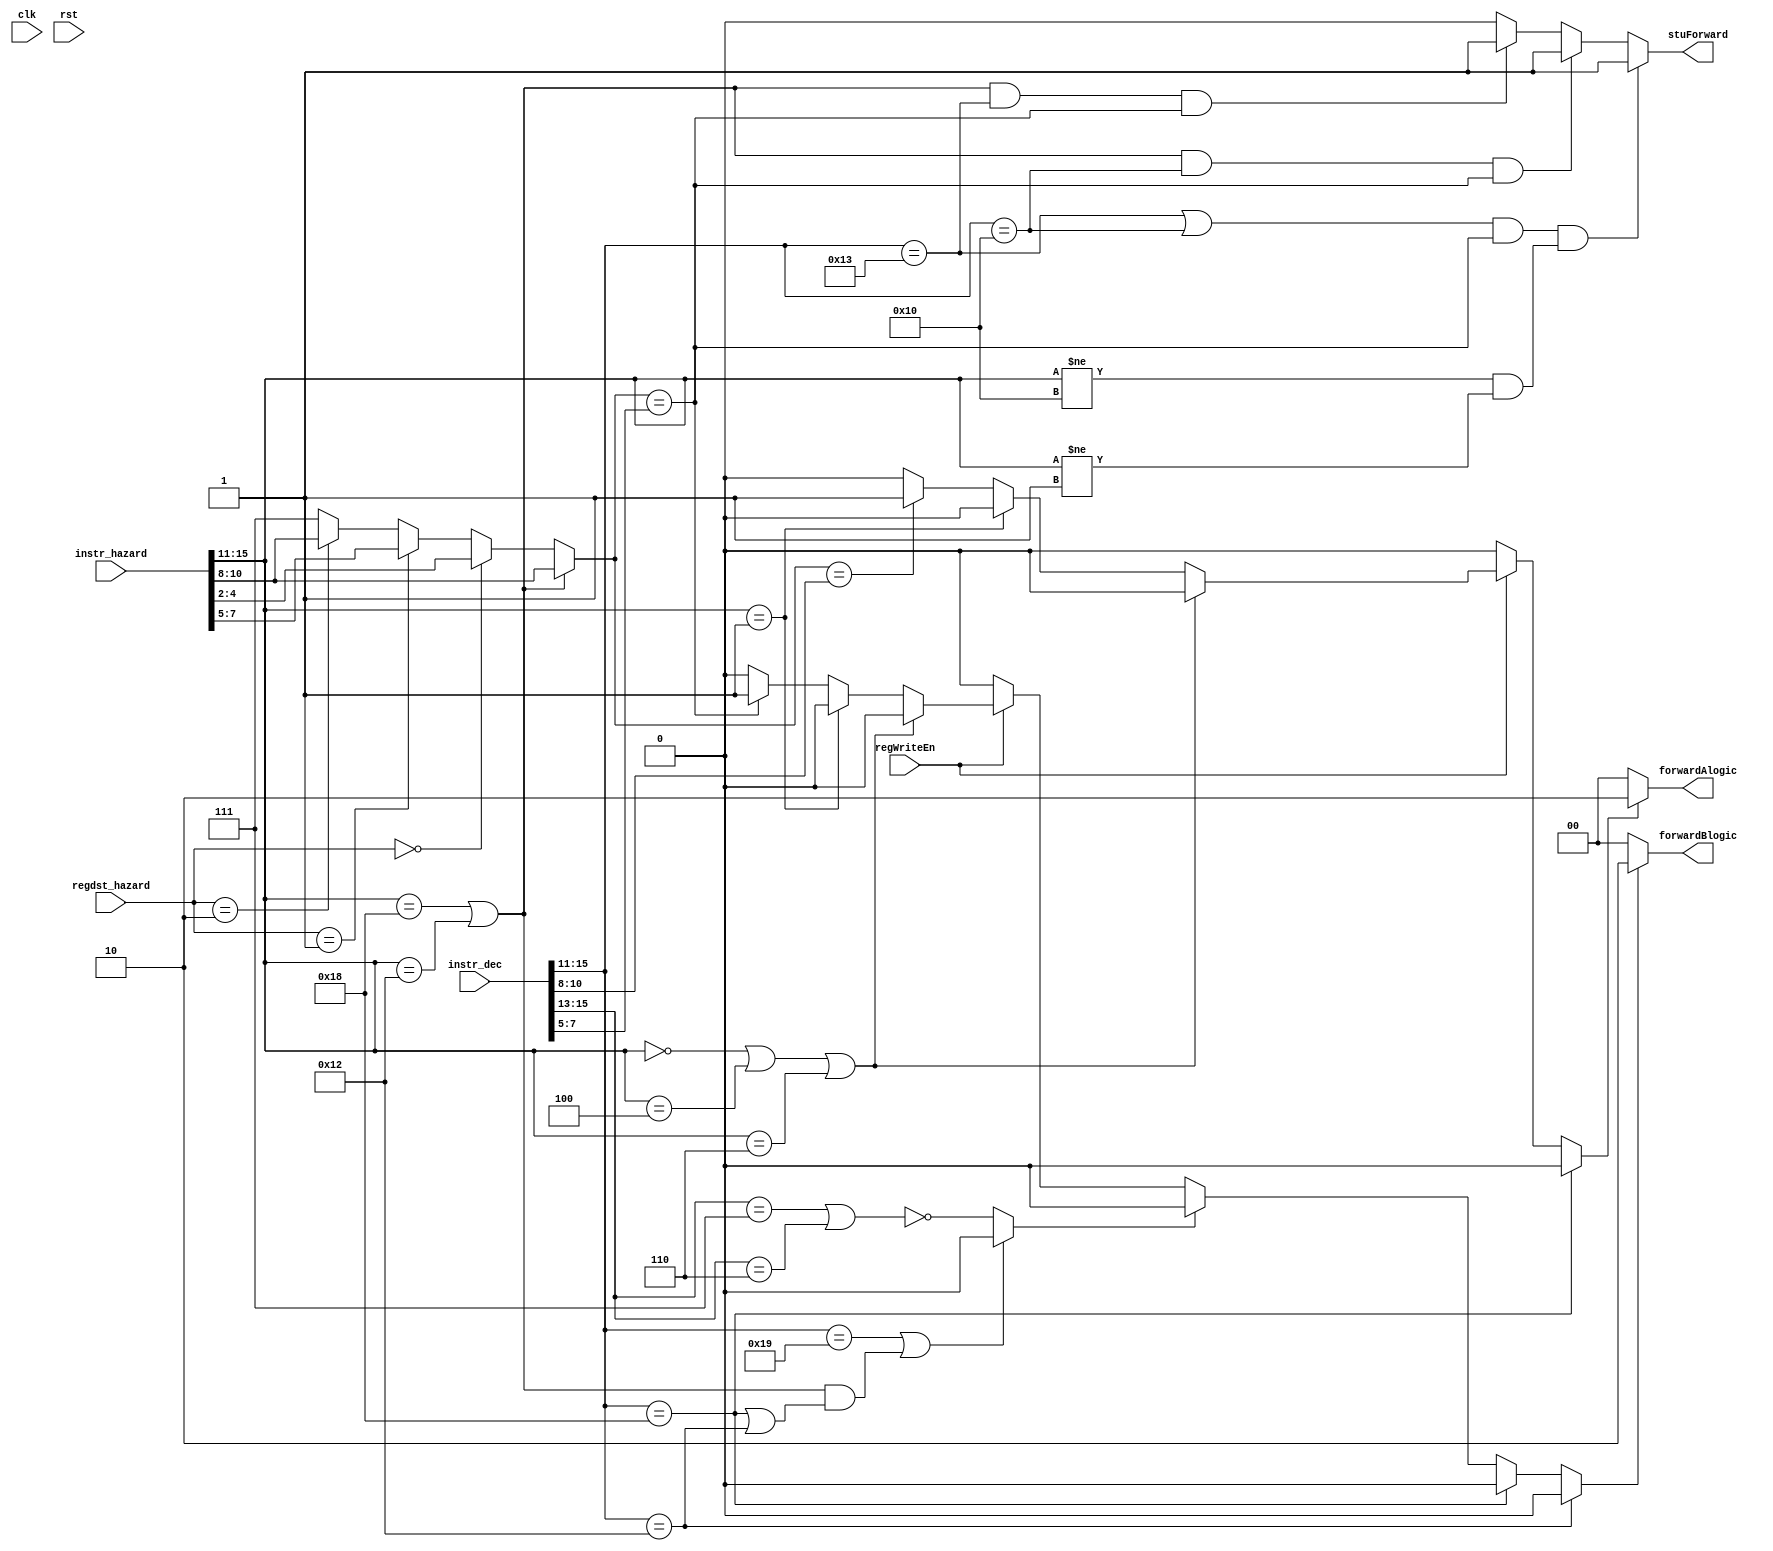
module memforward(regWriteEn, regdst_hazard, instr_hazard, instr_dec, forwardAlogic, forwardBlogic, stuForward, clk, rst);


input rst, clk; 
input [1:0] regdst_hazard;
input    regWriteEn;

//input idWriteEn;
input [15:0] instr_hazard, instr_dec;
wire [2:0] checkReg, checkRegInput;
output [1:0] forwardAlogic, forwardBlogic;
wire forwardAlogic1, forwardAlogic2, forwardAlogic3, checker, checker2, forwardBlogic1, forwardBlogic2, forwardBlogic3 , forwardBlogic4, doubleLoads;
wire [2:0] firstReg, secondReg, thirdReg;
wire stuForward2, stuForward3, forwardBlogic5;
output stuForward;


   assign firstReg = instr_dec[4:2];
   assign secondReg = instr_dec[7:5];
   assign thirdReg = instr_dec[10:8];
   assign checker = checkReg == instr_dec[10:8];
   assign checker2 = checkReg == instr_dec[7:5];
   assign wtflag = (instr_hazard[15:11] == 5'b00000 | instr_hazard[15:13] == 5'b00100 | instr_hazard[15:11] == 5'b00110);

   assign checkReg = ((instr_hazard[15:11] == 5'b11000 /* LBI */) | (instr_hazard[15:11] == 5'b10010 /* SLBI */)) ? instr_hazard[10:8] : checkRegInput;
   assign checkRegInput = (regdst_hazard == 2'b00) ? instr_hazard[4:2] :
			((regdst_hazard == 2'b01) ? instr_hazard[7:5] :
		        ((regdst_hazard == 2'b10) ? instr_hazard[10:8] :
			  3'b111)); 
			  
  assign forwardAlogic = forwardAlogic1 ? 2'b10 : 2'b00;
  
  assign forwardAlogic1 = (instr_dec[15:11] == 5'b11000) ? 1'b0 : forwardAlogic2;
  assign forwardAlogic2 = regWriteEn ? ((instr_hazard[15:11] == 5'b00000 | instr_hazard[15:11] == 5'b00100 | instr_hazard[15:11] == 5'b00110) ? 1'b0 : forwardAlogic3) : 1'b0;
  assign forwardAlogic3 = (instr_hazard[15:11] == 5'b00001) ? 1'b0 : (checkReg == instr_dec[10:8]) ? 1'b1 : 1'b0;
  
  assign forwardBlogic = forwardBlogic5 ? 2'b10 : 2'b00;
  
  assign forwardBlogic5 = (instr_dec[15:11] == 5'b10010) ? 1'b0 : forwardBlogic1; 
  assign forwardBlogic1 = (instr_dec[15:11] == 5'b11000) ? 1'b0 : forwardBlogic2;
  assign forwardBlogic2 = (instr_dec[15:11] == 5'b11001 | doubleLoads  ? 1'b0 : ~(instr_dec[15:13] == 3'b111 | instr_dec[15:13] == 3'b110)) ? 1'b0 : forwardBlogic3;
  assign forwardBlogic3 = regWriteEn ? ((instr_hazard[15:11] == 5'b00000 | instr_hazard[15:11] == 5'b00100 | instr_hazard[15:11] == 5'b00110) ? 1'b0 : forwardBlogic4) : 1'b0;
  assign forwardBlogic4 = (instr_hazard[15:11] == 5'b00001) ? 1'b0 : (checkReg == instr_dec[7:5]) ? 1'b1 : 1'b0;
  

  assign doubleLoads = ((instr_hazard[15:11] == 5'b11000 /* LBI */) | (instr_hazard[15:11] == 5'b10010 /* SLBI */)) & ((instr_dec[15:11] == 5'b11000 /* LBI */) | (instr_dec[15:11] == 5'b10010 /* SLBI */));

  assign stuForward = (((instr_dec[15:11] == 5'b10011) | (instr_dec[15:11] == 5'b10000)) & (checkReg == secondReg) & (instr_hazard[15:11] != 5'b10000 & instr_hazard[15:11] != 5'b00001)) ? 1'b1 : stuForward2;
  //assign stuForward2 = (((instr_hazard[15:11] == 5'b11000 /* LBI */) | (instr_hazard[15:11] == 5'b10010 /* SLBI */)) & (((instr_dec[15:11] == 5'b10011) | (instr_dec[15:11] == 5'b10000)) & (checkReg == thirdReg))) ? 1'b1: 1'b0;
  assign stuForward2 = (((instr_hazard[15:11] == 5'b11000 /* LBI */) | (instr_hazard[15:11] == 5'b10010 /* SLBI */)) & ((instr_dec[15:11] == 5'b10000)) & (checkReg == secondReg)) ? 1'b1: stuForward3;
  assign stuForward3 = (((instr_hazard[15:11] == 5'b11000 /* LBI */) | (instr_hazard[15:11] == 5'b10010 /* SLBI */)) & ((instr_dec[15:11] == 5'b10011)) & (checkReg == secondReg)) ? 1'b1 : 1'b0;
endmodule